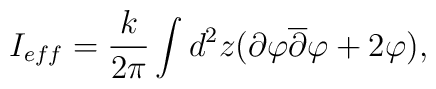
I_{eff} = \frac {k}{2 \pi} \int d^2 z ( \partial \varphi \overline{\partial } \varphi + 2 \varphi ),